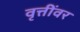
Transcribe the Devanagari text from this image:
वृत्तींवर